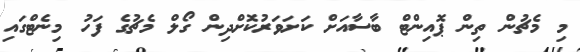
މި މެޗުން ތިން ޕޮއިންޓް ބާސާއަށް ކަށަވަރުކޮށްދިން ގޯލް މެޗުގެ ފަހު މިނެޓްގައި